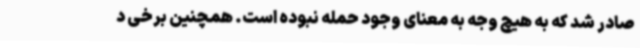
صادر شد که به هیچ وجه به معنای وجود حمله نبوده است. همچنین برخی د